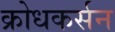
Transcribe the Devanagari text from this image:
क्रोधकर्सन